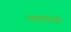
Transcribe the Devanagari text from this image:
भाणांच्या